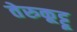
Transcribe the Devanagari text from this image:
तेरुकूट्टू